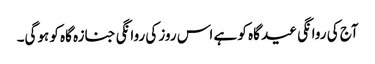
آج کی روانگی عید گاہ کو ہے اس روز کی روانگی جنازہ گاہ کو ہوگی۔